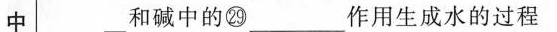
中和碱中的㉙_____作用生成水的过程